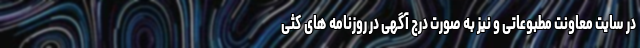
در سایت معاونت مطبوعاتی و نیز به صورت درج آگهی در روزنامه های کثی